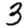
Digit: 3